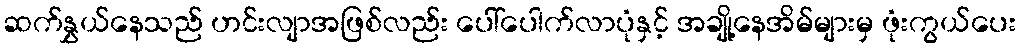
ဆက်နွှယ်နေသည် ဟင်းလျာအဖြစ်လည်း ပေါ်ပေါက်လာပုံနှင့် အချို့နေအိမ်များမှ ဖုံးကွယ်ပေး